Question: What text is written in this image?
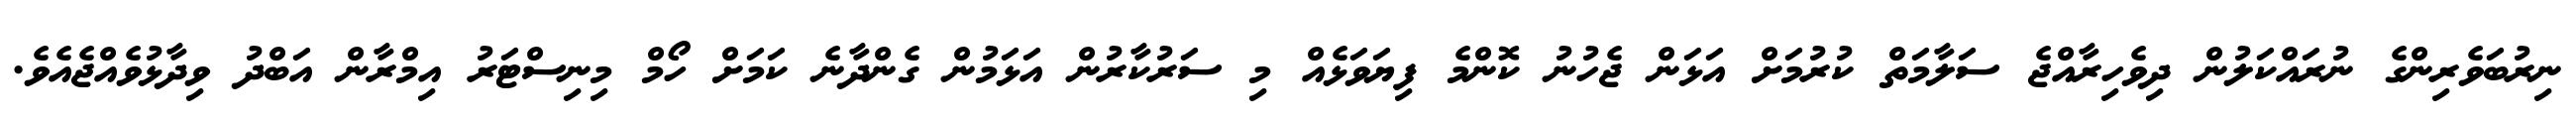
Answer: ނިރުބަވެރިންގެ ނުރައްކަލުން ދިވެހިރާއްޖެ ސަލާމަތް ކުރުމަށް އަޅަން ޖެހުނު ކޮންމެ ފިޔަވަޅެއް މި ސަރުކާރުން އަޅަމުން ގެންދާނެ ކަމަށް ހޯމް މިނިސްޓަރު އިމްރާން އަބްދު ވިދާޅުވެއްޖެއެވެ.